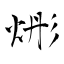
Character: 烿